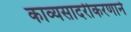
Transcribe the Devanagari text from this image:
काव्यसादरीकरणाने